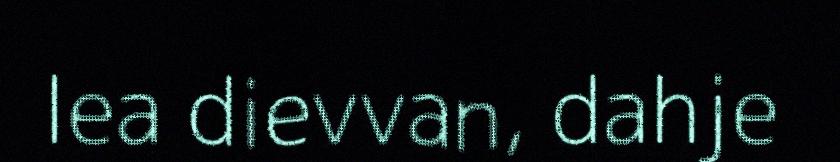
lea dievvan, dahje